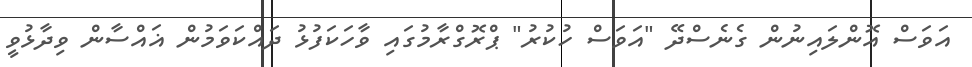
އަވަސް އޮންލައިނުން ގެނެސްދޭ "އަވަސް ހުކުރު" ޕްރޮގްރާމުގައި ވާހަކަފުޅު ދައްކަވަމުން ޣައްސާން ވިދާޅުވީ